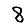
Digit: 8